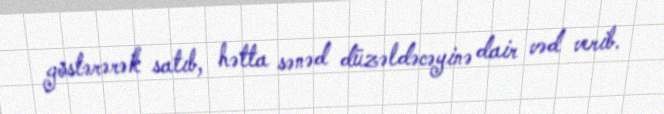
göstərərək satıb, hətta sənəd düzəldəcəyinə dair vəd verib.